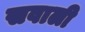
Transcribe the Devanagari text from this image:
सवाली